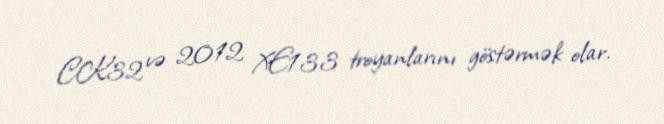
CK32 və 2012 XE133 troyanlarını göstərmək olar.